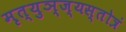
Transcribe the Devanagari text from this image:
मृत्युञ्ज्यस्तोत्रं